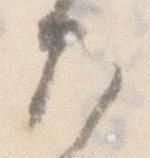
大